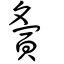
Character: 夤